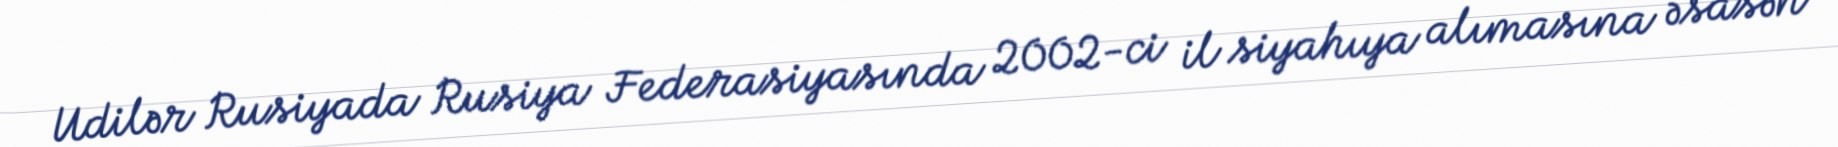
Udilər Rusiyada Rusiya Federasiyasında 2002-ci il siyahıya alımasına əsasən